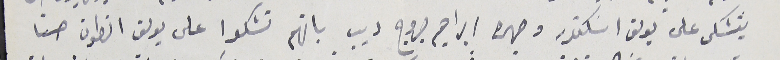
يتشكى على يوسف اسَكندر وصهره ابراهيم جروج ديب بانهم تشكوا على يوسف انطون حنا